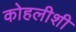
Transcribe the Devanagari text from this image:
कोहलीशी